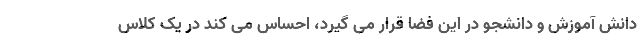
دانش آموزش و دانشجو در این فضا قرار می گیرد، احساس می کند در یک کلاس